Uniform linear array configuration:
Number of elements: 16
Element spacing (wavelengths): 0.5
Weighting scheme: uniform
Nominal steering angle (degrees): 30
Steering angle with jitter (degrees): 29.01
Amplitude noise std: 0.05
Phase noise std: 0.05

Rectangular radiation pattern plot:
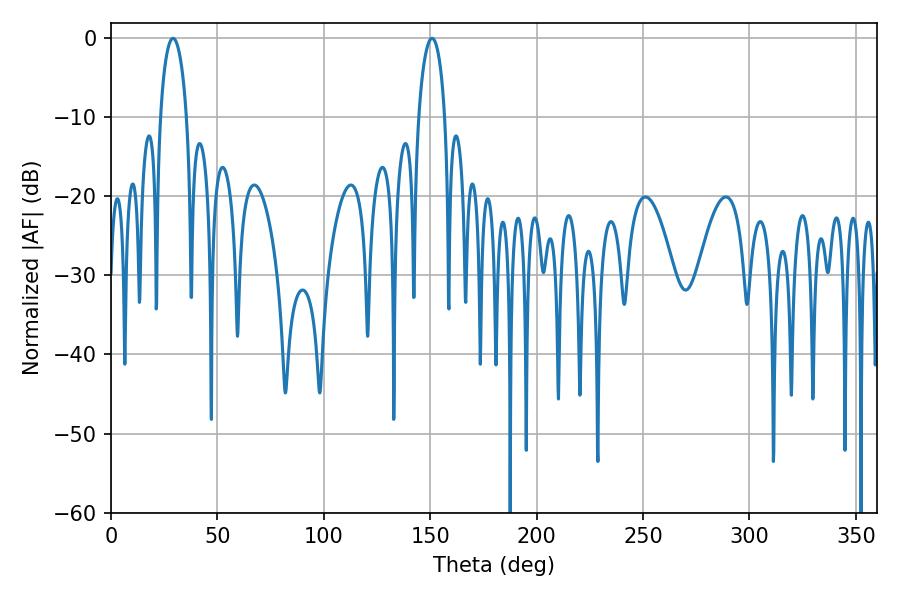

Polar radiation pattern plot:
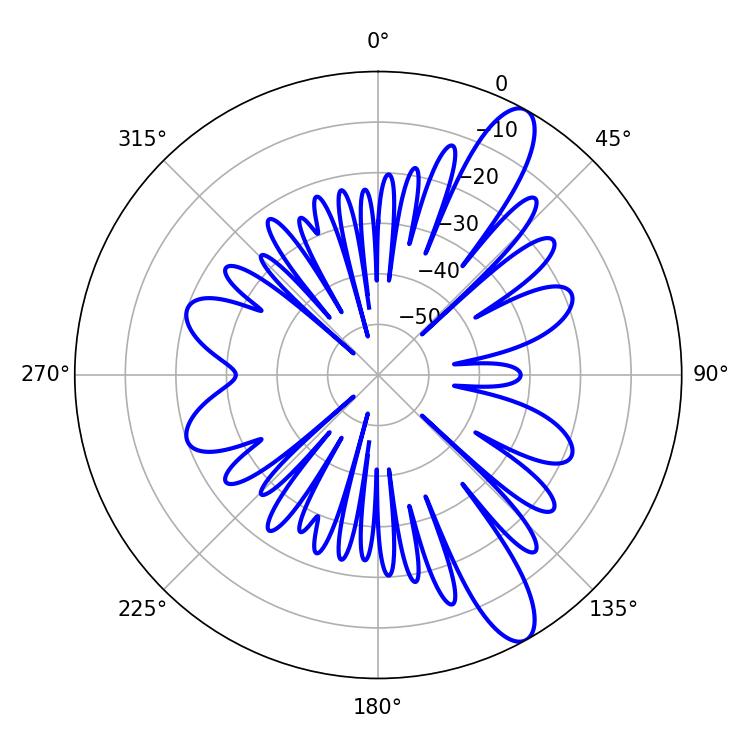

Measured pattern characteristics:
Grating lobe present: FALSE
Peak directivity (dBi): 11.677
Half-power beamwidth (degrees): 7.02
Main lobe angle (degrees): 29.16